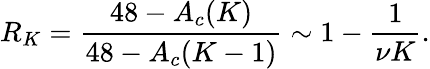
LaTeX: R_{K}=\frac{48-A_{c}(K)}{48-A_{c}(K-1)}\sim 1-\frac{1}{\nu K}.